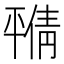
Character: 𫷝